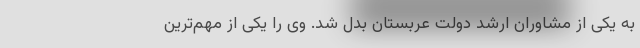
به یکی از مشاوران ارشد دولت عربستان بدل شد. وی را یکی از مهم‌ترین